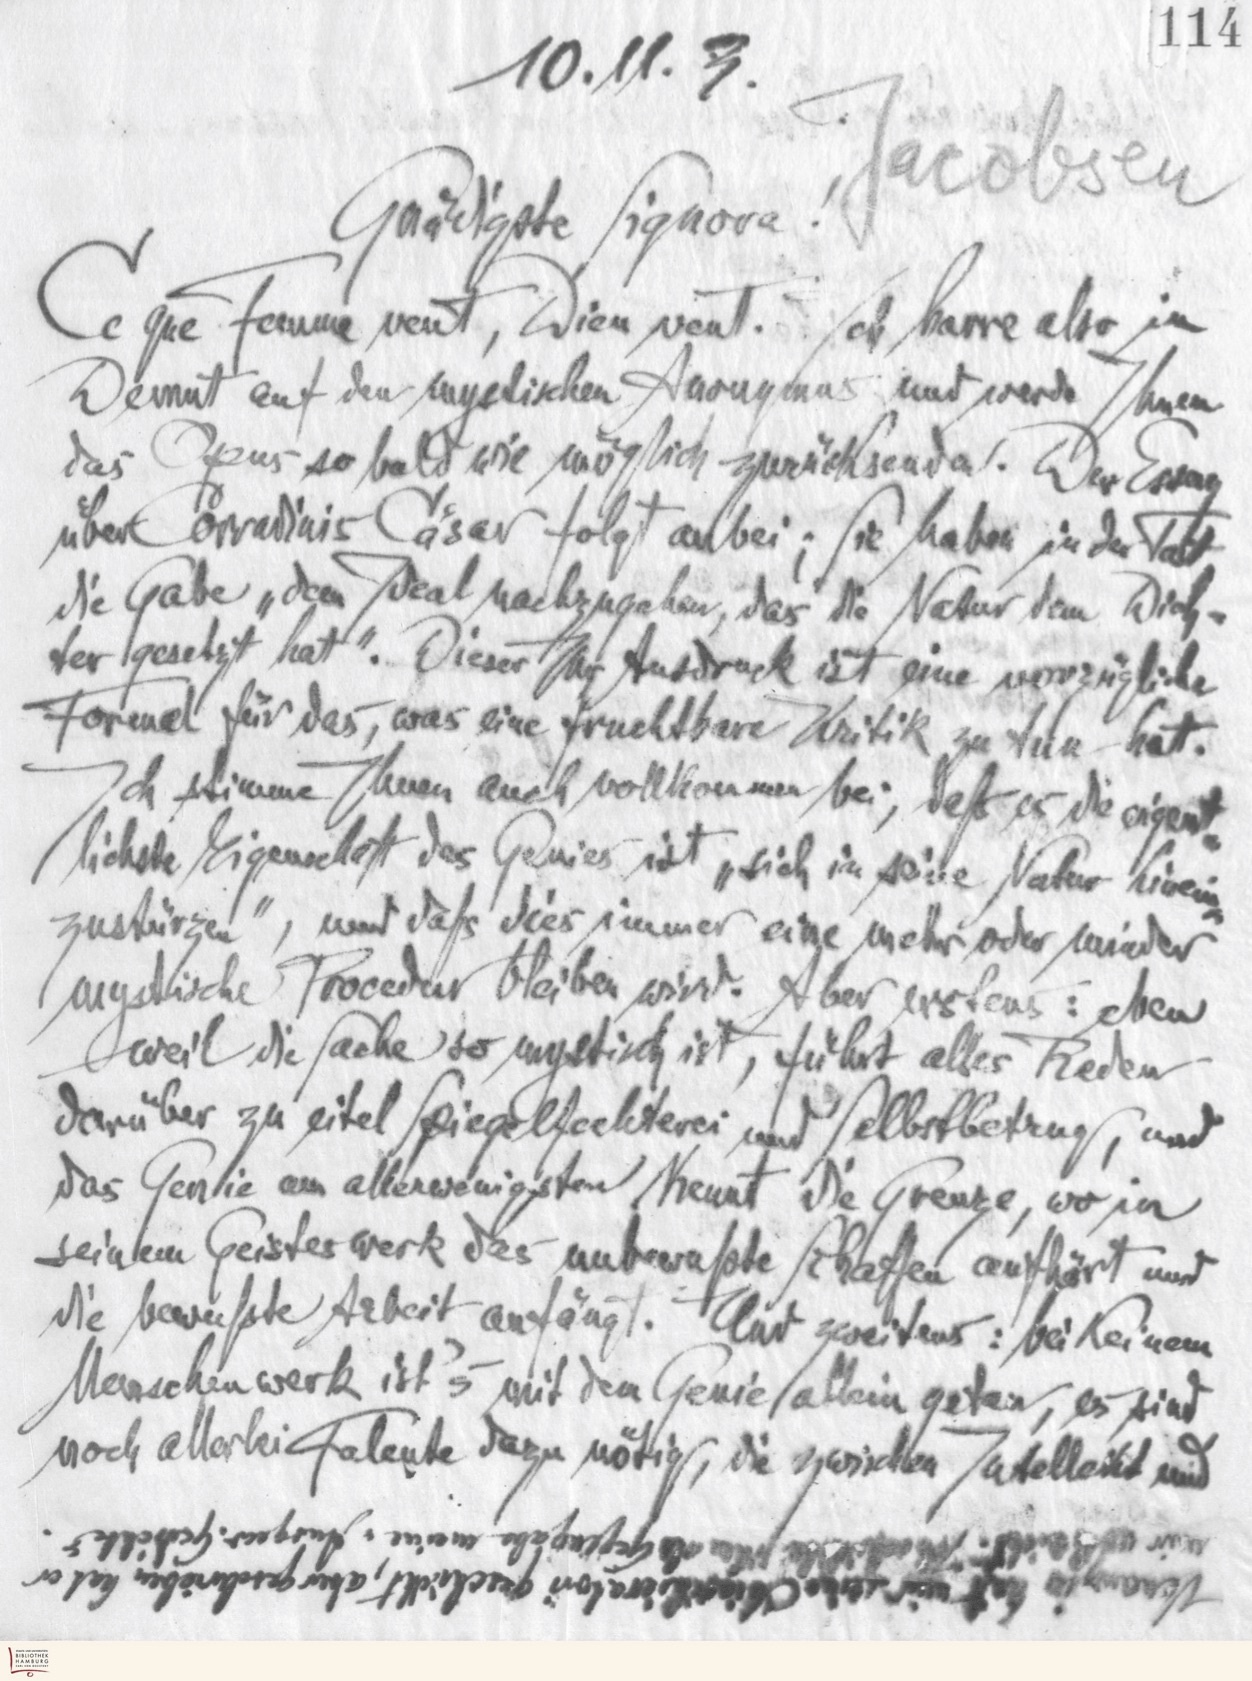
114
10.11.3.
Jacobsen
Gnädigste Signora!
Ce que Femme veut, Dieu veut. Ich harre also in
Demut auf den mystischen Anonymus und werde Ihnen
das Opus so bald wie möglich zurücksenden. Der Essay
über Corradinis Cäsar folgt anbei; Sie haben in der Tat
die Gabe "dem Ideal nachzugehen, das die Natur dem Dich-
ter gesetzt hat". Dieser Ihr Ausdruck ist eine vorzügliche
Formel für das, was eine fruchtbare Kritik zu tun hat.
Ich stimme Ihnen auch vollkommen bei, daß es die eigent-
lichste Eigenschaft des Genies ist "sich in seine Natur hinein-
zustürzen", und daß dies immer eine mehr oder minder
mystische Procedur bleiben wird. Aber erstens: eben
weil die Sache so mystisch ist, führt alles Reden
darüber zu eitel Spiegelfechterei und Selbstbetrug, und
das Genie am allerwenigsten kennt die Grenze, wo in
seinem Geisteswerk das unbewußte Schaffen aufhört und
die bewußte Arbeit anfängt. Und zweitens: bei keinem
Menschenwerk ist's mit dem Genie allein getan, es sind
noch allerlei Talente dazu nötig, die zwischen Intellekt und
 hat mir seine  geschickt, aber geschrieben hat er
mir noch nicht. Ich schicke Ihnen als Gegengabe meine "Ausgew. Gedichte".